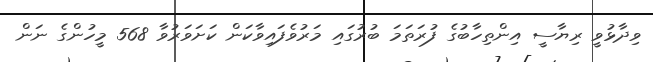
ވިދާޅުވީ ރިޔާސީ އިންތިހާބުގެ ފުރަތަމަ ބުރުގައި މަރުވެފައިވާކަން ކަށަވަރުވާ 568 މީހުންގެ ނަން